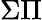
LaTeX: \Sigma\Pi